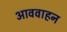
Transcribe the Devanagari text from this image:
आववाहन